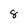
Character: 8